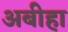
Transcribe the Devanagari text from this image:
अबीहा